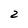
Character: 2